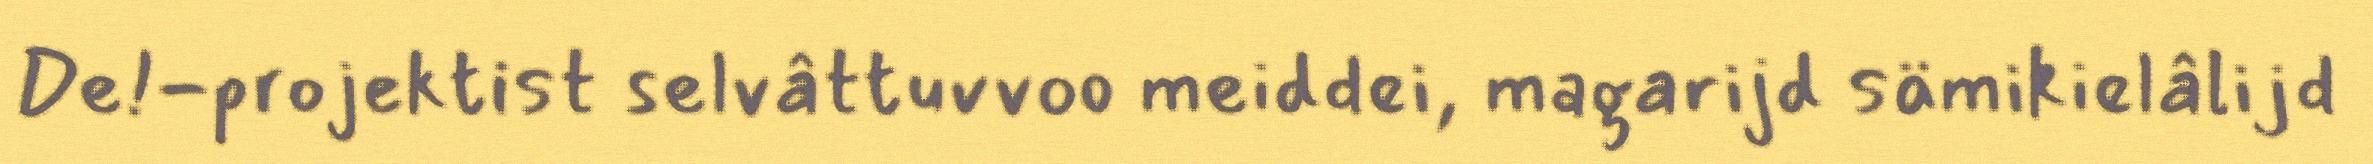
De!-projektist selvâttuvvoo meiddei, magarijd sämikielâlijd